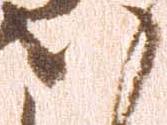
八